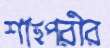
শাহপরীর